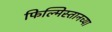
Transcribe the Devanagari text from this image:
फिल्मिस्तानच्या